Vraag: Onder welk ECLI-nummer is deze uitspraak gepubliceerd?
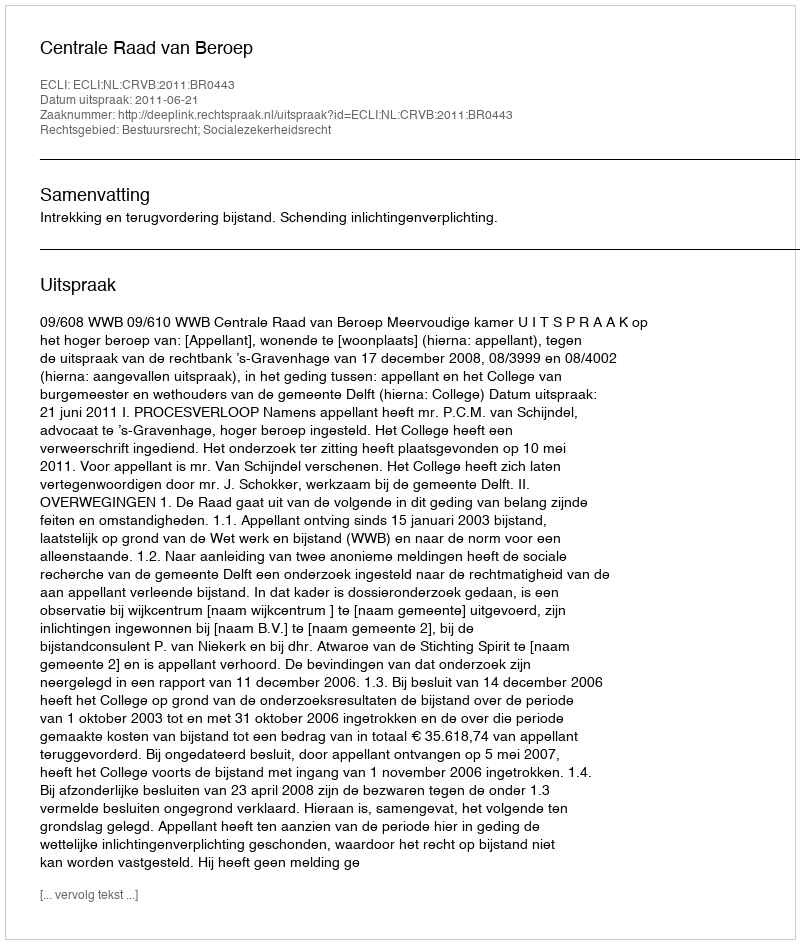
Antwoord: ECLI:NL:CRVB:2011:BR0443